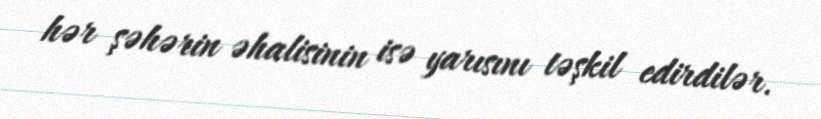
hər şəhərin əhalisinin isə yarısını təşkil edirdilər.